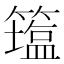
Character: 𥵈